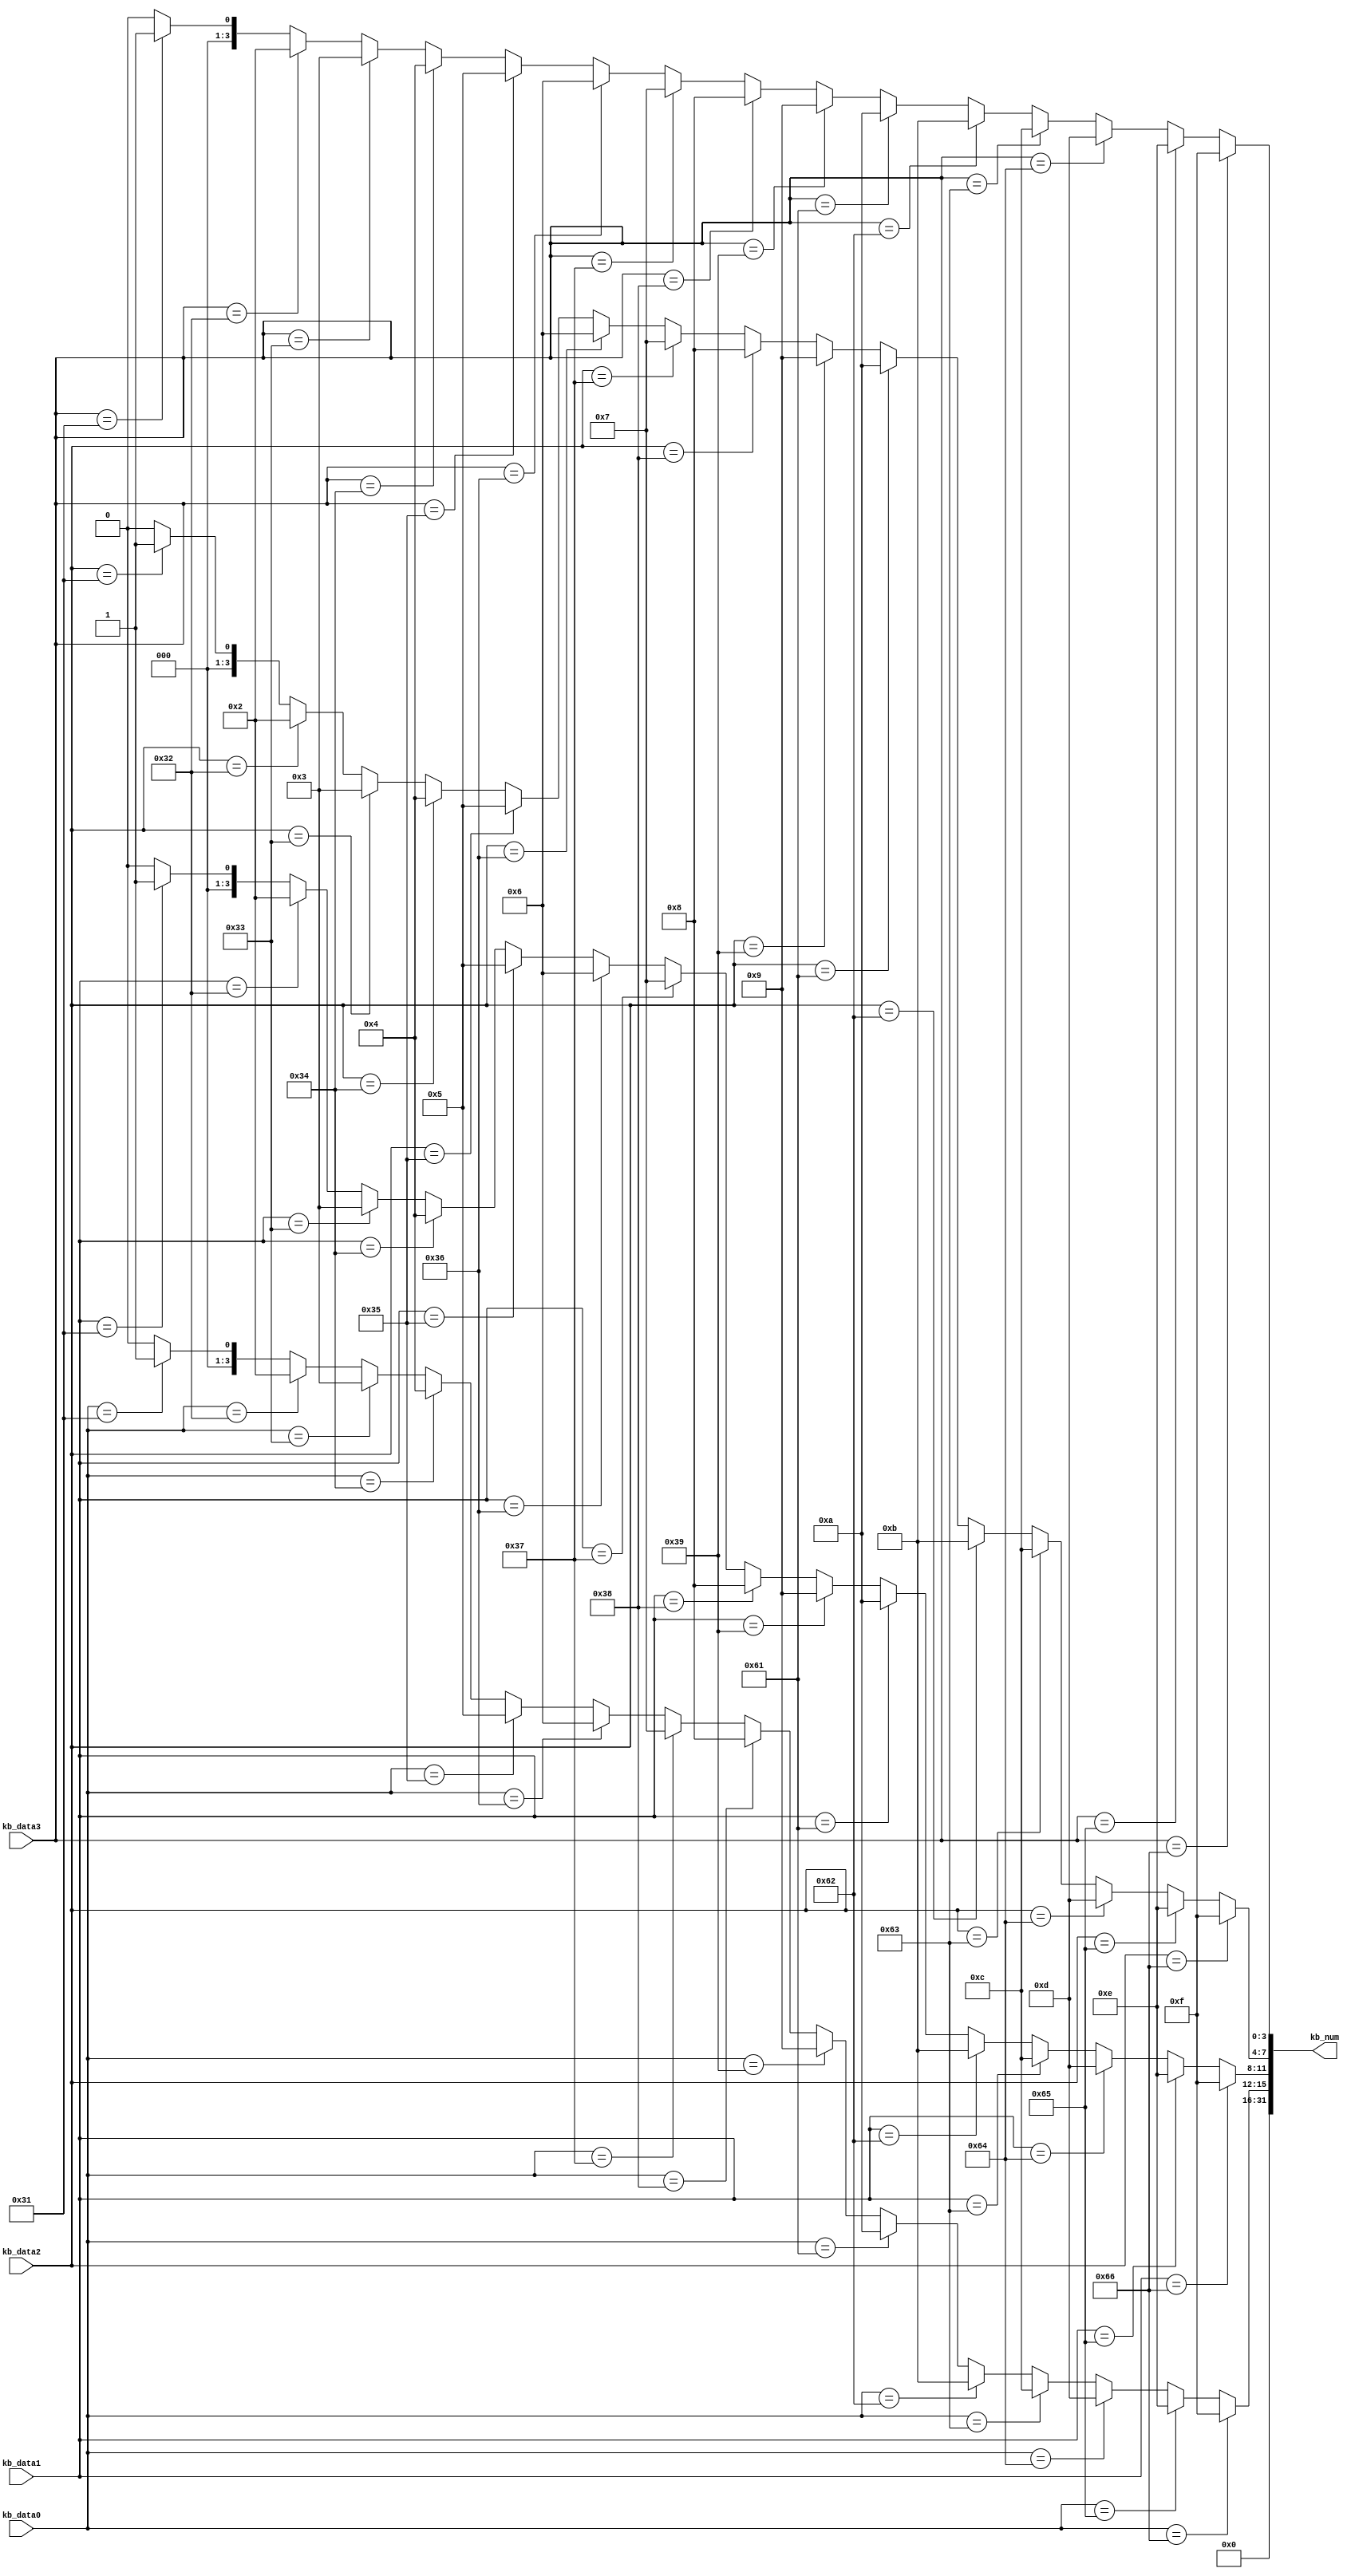
`timescale 1ns / 1ps
//////////////////////////////////////////////////////////////////////////////////
// Company: 
// Engineer: 
// 
// Design Name: 
// Module Name: KB_num
// Project Name: 
// Target Devices: 
// Tool Versions: 
// Description: 
// 
// Dependencies: 
// 
// Revision:
// Revision 0.01 - File Created
// Additional Comments:
// 
//////////////////////////////////////////////////////////////////////////////////

module KB_num(
    input [7:0] kb_data0,
    input [7:0] kb_data1,
    input [7:0] kb_data2,
    input [7:0] kb_data3,
    output reg [31:0] kb_num
);

parameter   _0 = 8'h30, _1 = 8'h31, _2 = 8'h32,   
            _3 = 8'h33, _4 = 8'h34, _5 = 8'h35,   
            _6 = 8'h36, _7 = 8'h37, _8 = 8'h38,  
            _9 = 8'h39, _a = 8'h61, _b = 8'h62,  
            _c = 8'h63, _d = 8'h64, _e = 8'h65,  
            _f = 8'h66;

always @(*) begin
    kb_num = 32'h0;
    if(kb_data3==_0) kb_num[3:0] = 4'h0;   if(kb_data3==_1) kb_num[3:0] = 4'h1;   if(kb_data3==_2) kb_num[3:0] = 4'h2;   if(kb_data3==_3) kb_num[3:0] = 4'h3;
    if(kb_data3==_4) kb_num[3:0] = 4'h4;   if(kb_data3==_5) kb_num[3:0] = 4'h5;   if(kb_data3==_6) kb_num[3:0] = 4'h6;   if(kb_data3==_7) kb_num[3:0] = 4'h7;
    if(kb_data3==_8) kb_num[3:0] = 4'h8;   if(kb_data3==_9) kb_num[3:0] = 4'h9;   if(kb_data3==_a) kb_num[3:0] = 4'ha;   if(kb_data3==_b) kb_num[3:0] = 4'hb;
    if(kb_data3==_c) kb_num[3:0] = 4'hc;   if(kb_data3==_d) kb_num[3:0] = 4'hd;   if(kb_data3==_e) kb_num[3:0] = 4'he;   if(kb_data3==_f) kb_num[3:0] = 4'hf;

    if(kb_data2==_0) kb_num[7:4] = 4'h0;   if(kb_data2==_1) kb_num[7:4] = 4'h1;   if(kb_data2==_2) kb_num[7:4] = 4'h2;   if(kb_data2==_3) kb_num[7:4] = 4'h3;
    if(kb_data2==_4) kb_num[7:4] = 4'h4;   if(kb_data2==_5) kb_num[7:4] = 4'h5;   if(kb_data2==_6) kb_num[7:4] = 4'h6;   if(kb_data2==_7) kb_num[7:4] = 4'h7;
    if(kb_data2==_8) kb_num[7:4] = 4'h8;   if(kb_data2==_9) kb_num[7:4] = 4'h9;   if(kb_data2==_a) kb_num[7:4] = 4'ha;   if(kb_data2==_b) kb_num[7:4] = 4'hb;
    if(kb_data2==_c) kb_num[7:4] = 4'hc;   if(kb_data2==_d) kb_num[7:4] = 4'hd;   if(kb_data2==_e) kb_num[7:4] = 4'he;   if(kb_data2==_f) kb_num[7:4] = 4'hf;

    if(kb_data1==_0) kb_num[11:8] = 4'h0;   if(kb_data1==_1) kb_num[11:8] = 4'h1;   if(kb_data1==_2) kb_num[11:8] = 4'h2;   if(kb_data1==_3) kb_num[11:8] = 4'h3;
    if(kb_data1==_4) kb_num[11:8] = 4'h4;   if(kb_data1==_5) kb_num[11:8] = 4'h5;   if(kb_data1==_6) kb_num[11:8] = 4'h6;   if(kb_data1==_7) kb_num[11:8] = 4'h7;
    if(kb_data1==_8) kb_num[11:8] = 4'h8;   if(kb_data1==_9) kb_num[11:8] = 4'h9;   if(kb_data1==_a) kb_num[11:8] = 4'ha;   if(kb_data1==_b) kb_num[11:8] = 4'hb;
    if(kb_data1==_c) kb_num[11:8] = 4'hc;   if(kb_data1==_d) kb_num[11:8] = 4'hd;   if(kb_data1==_e) kb_num[11:8] = 4'he;   if(kb_data1==_f) kb_num[11:8] = 4'hf;

    if(kb_data0==_0) kb_num[15:12] = 4'h0;   if(kb_data0==_1) kb_num[15:12] = 4'h1;   if(kb_data0==_2) kb_num[15:12] = 4'h2;   if(kb_data0==_3) kb_num[15:12] = 4'h3;
    if(kb_data0==_4) kb_num[15:12] = 4'h4;   if(kb_data0==_5) kb_num[15:12] = 4'h5;   if(kb_data0==_6) kb_num[15:12] = 4'h6;   if(kb_data0==_7) kb_num[15:12] = 4'h7;
    if(kb_data0==_8) kb_num[15:12] = 4'h8;   if(kb_data0==_9) kb_num[15:12] = 4'h9;   if(kb_data0==_a) kb_num[15:12] = 4'ha;   if(kb_data0==_b) kb_num[15:12] = 4'hb;
    if(kb_data0==_c) kb_num[15:12] = 4'hc;   if(kb_data0==_d) kb_num[15:12] = 4'hd;   if(kb_data0==_e) kb_num[15:12] = 4'he;   if(kb_data0==_f) kb_num[15:12] = 4'hf;

end

endmodule